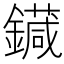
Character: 䥠